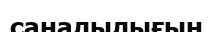
саналылығын